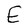
Character: E